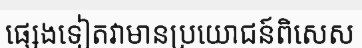
ផ្សេងទៀតវាមានប្រយោជន៍ពិសេស